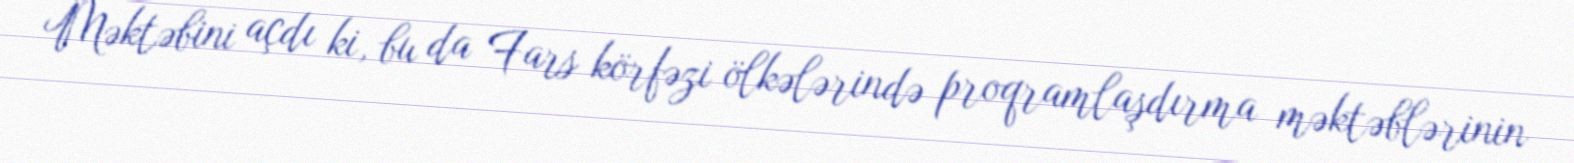
Məktəbini açdı ki, bu da Fars körfəzi ölkələrində proqramlaşdırma məktəblərinin